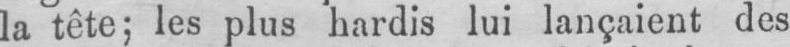
la tête; les plus hardis lui lançaient des